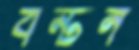
বন্টন